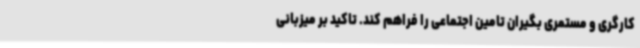
کارگری و مستمری بگیران تامین اجتماعی را فراهم کند. تاکید بر میزبانی